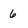
Character: 6